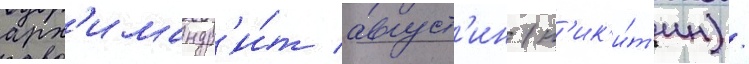
арх'имандр'и́т август'ин (н'ик'и́т'ин) /